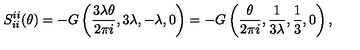
S _ { i i } ^ { i i } ( \theta ) = - G \left( \frac { 3 \lambda \theta } { 2 \pi i } , 3 \lambda , - \lambda , 0 \right) = - G \left( \frac \theta { 2 \pi i } , \frac 1 { 3 \lambda } , \frac 1 3 , 0 \right) ,